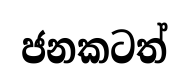
ජනකටත්